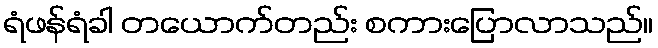
ရံဖန်ရံခါ တယောက်တည်း စကားပြောလာသည်။